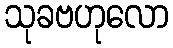
သုခဗဟုလော